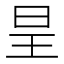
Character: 𭥕